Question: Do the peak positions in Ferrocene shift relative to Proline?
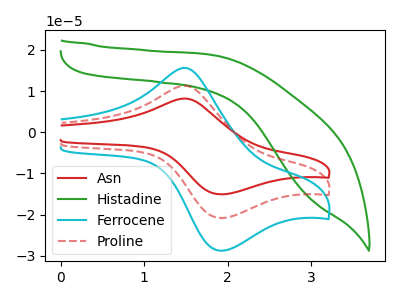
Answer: <think>The red curve "Asn" has an anodic peak at (1.50V, 22.60uA) and a cathodic peak at (1.90V, -41.65uA). The green curve "Histadine" has no peaks. The cyan curve "Ferrocene" has an anodic peak at (1.50V, 15.60uA) and a cathodic peak at (1.90V, -28.80uA). The red dashed curve "Proline" has an anodic peak at (1.50V, 11.30uA) and a cathodic peak at (1.90V, -20.85uA).
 All the peaks in "Ferrocene" have a peak in "Proline" at the same potential. Every peak in "Ferrocene" is higher than every peak in "Proline".</think>
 <answer>No, "Ferrocene" and "Proline" don't appear to be significantly different in shape</answer>
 <eval>no_change</eval>